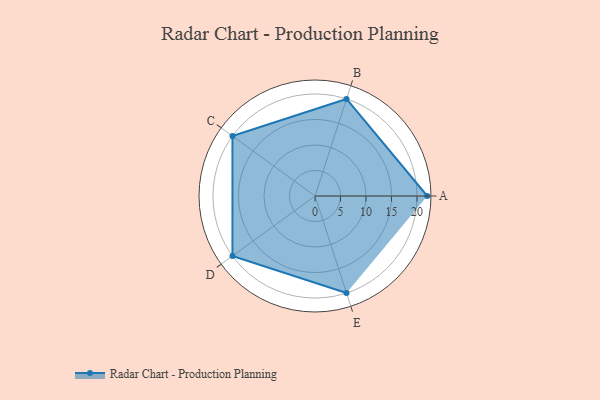
{"axis": {"x": "Skill", "y": "Score"}, "legend": ["Profile"], "data": [{"x": "A", "y": 22.0, "type": "Profile"}, {"x": "B", "y": 20, "type": "Profile"}, {"x": "C", "y": 20, "type": "Profile"}, {"x": "D", "y": 20, "type": "Profile"}, {"x": "E", "y": 20, "type": "Profile"}]}